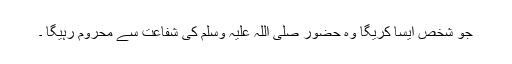
جو شخص ایسا کریگا وہ حضور صلی اللہ علیہ وسلم کی شفاعت سے محروم رہیگا ۔